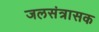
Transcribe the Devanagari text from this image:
जलसंत्रासक